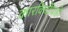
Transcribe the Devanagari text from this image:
कारकिर्दीचाही